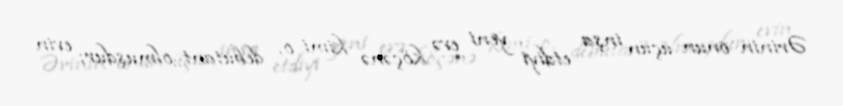
Ərinin onun üçün inşa etdiyi yeni evə köçənə kimi o, debütant olmuşdur; evin